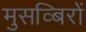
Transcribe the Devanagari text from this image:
मुसव्बिरों